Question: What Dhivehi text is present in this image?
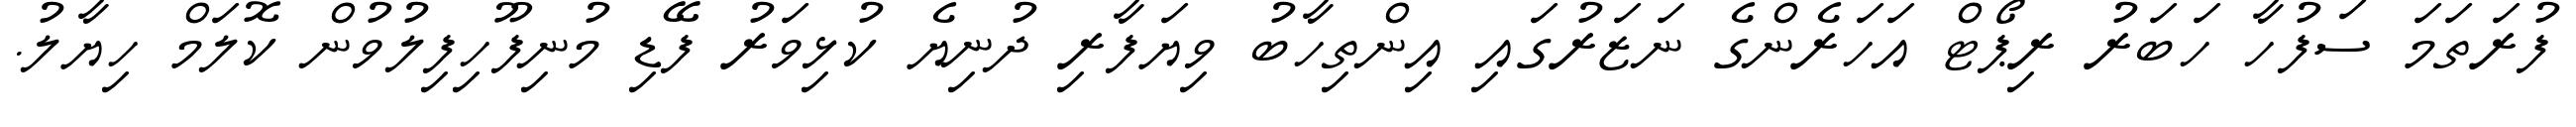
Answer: ފުރަތަމަ ސަފުހާ ހަބަރު ރިޕޯޓް އަހަރެންގެ ނަޒަރުގައި އިންތިހާބު ވިޔަފާރި ދުނިޔެ ކުޅިވަރު ފޭޑި މުނިފޫހިފިލުވުން ކޮލަމް ހިޔާލު.